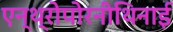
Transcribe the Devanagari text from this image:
एन्थ्रोपोरनीथिनाई